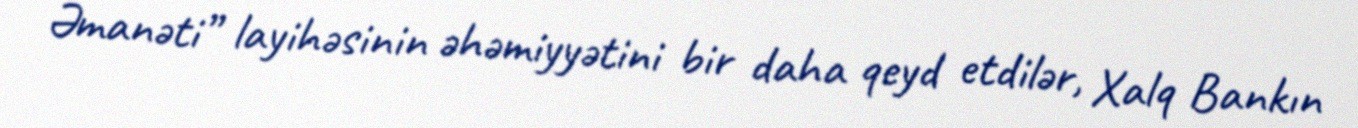
Əmanəti” layihəsinin əhəmiyyətini bir daha qeyd etdilər, Xalq Bankın